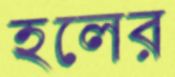
হলের